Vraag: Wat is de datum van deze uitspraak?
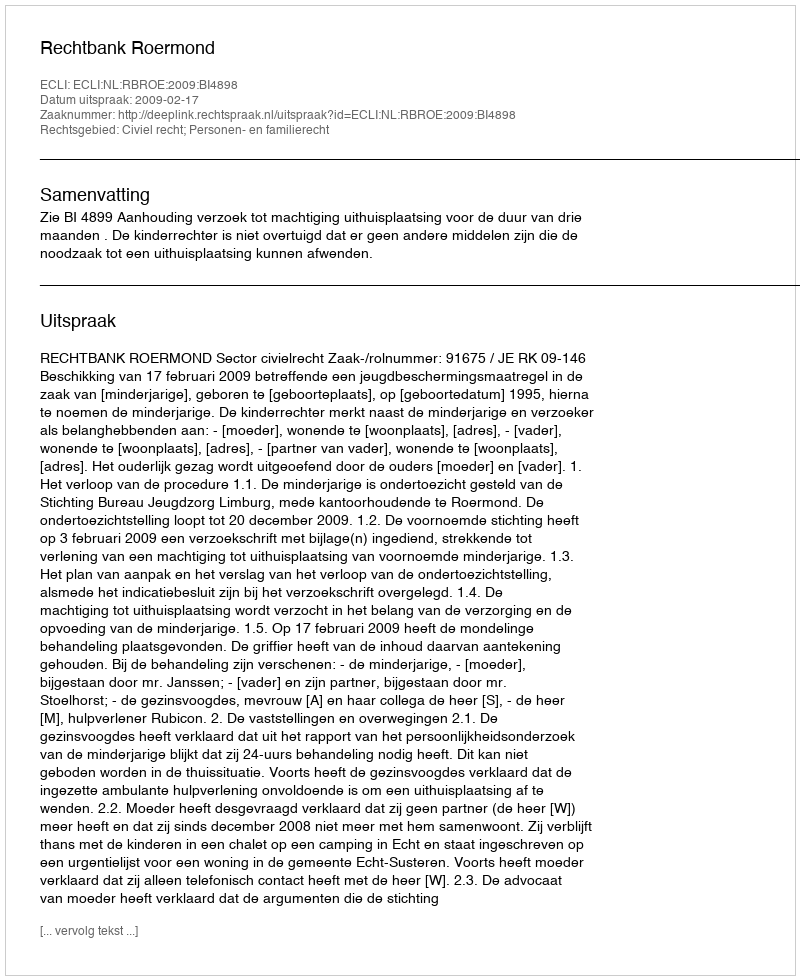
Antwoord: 2009-02-17